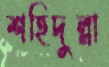
শহিদুল্লা